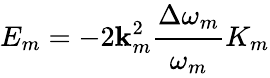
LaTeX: E_{m}=-2\mathbf{k}_{m}^{2}\cfrac{\Delta\omega_{m}}{\omega_{m}}K_{m}